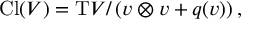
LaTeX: \operatorname { C l } ( V ) = \mathrm { T } V / \left( v \otimes v + q ( v ) \right) ,